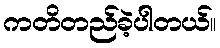
ကတိတည်ခဲ့ပါတယ်။